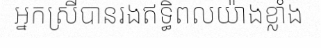
អ្នកស្រីបានរងឥទ្ធិពលយ៉ាងខ្លាំង